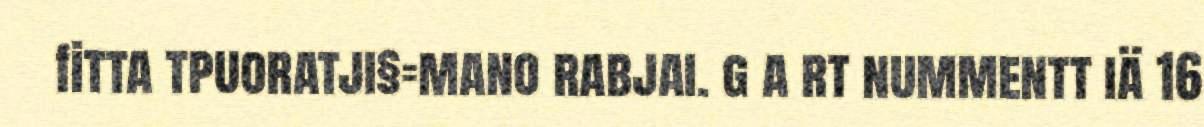
fitta tpuoratji§=mano rabjai. g a rt nummentt iä 16